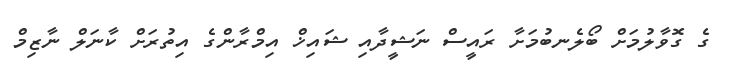
ގެ ގޮވާލުމަށް ބޯލެނބުމަށާ ރައީސް ނަޝީދާއި ޝައިޚް އިމްރާންގެ އިތުރަށް ކާނަލް ނާޒިމް